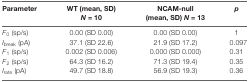
<table><thead><tr><td><b>Parameter</b></td><td><b>WT (mean, SD) <i>N</i> = 10</b></td><td><b>NCAM-null (mean, SD) <i>N</i> = 13</b></td><td><b><i>p</i></b></td></tr></thead><tbody><tr><td><i>F</i><sub>0</sub> (sp/s)</td><td>0.00 (SD 0.00)</td><td>0.00 (SD 0.00)</td><td>1</td></tr><tr><td><i>I</i><sub>break</sub> (pA)</td><td>37.1 (SD 22.6)</td><td>21.9 (SD 17.2)</td><td>0.097</td></tr><tr><td><i>F</i><sub>1</sub> (sp/s)</td><td>0.002 (SD 0.006)</td><td>0.000 (SD 0.000)</td><td>0.31</td></tr><tr><td><i>F</i><sub>2</sub> (sp/s)</td><td>64.3 (SD 16.2)</td><td>71.3 (SD 19.4)</td><td>0.35</td></tr><tr><td><i>I</i><sub>rate</sub> (pA)</td><td>49.7 (SD 18.8)</td><td>56.9 (SD 19.3)</td><td>0.36</td></tr></tbody></table>